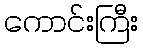
ကောင်းကြီး